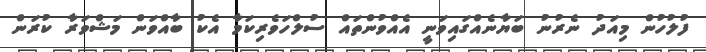
ފުލުހުން މިއަދު ނެރުނު ބަޔާނެއްގައިވަނީ އެއްވުންތައް ސުލްހަވެރިކަމާ އެކު ބާއްވަން މަޝްވަރާ ކުރަން